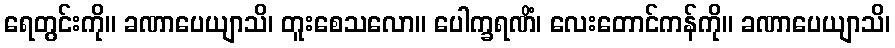
ရေတွင်းကို။ ခဏာပေယျာသိ၊ တူးစေသလော။ ပေါက္ခရဏိံ၊ လေးတောင်ကန်ကို။ ခဏာပေယျာသိ၊